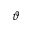
\vartheta